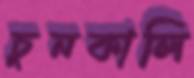
চুনকালি